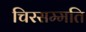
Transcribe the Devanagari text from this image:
चिरसम्मति